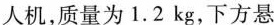
人机，质量为1.2kg，下方悬